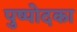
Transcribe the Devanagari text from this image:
पुष्पोदका